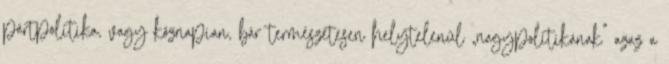
pártpolitika, vagy köznapian, bár természetesen helytelenül „nagypolitikának” azaz a